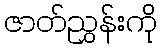
ဇာတ်ညွှန်းကို